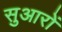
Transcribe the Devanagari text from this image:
सुआरों